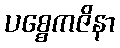
ပစ္စေကဇိနာ